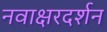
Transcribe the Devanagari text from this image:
नवाक्षरदर्शन